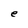
Character: e